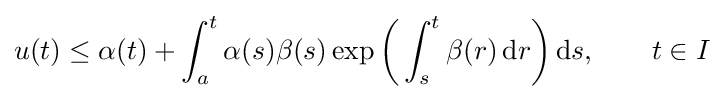
u(t)\leq \alpha (t)+\int _{a}^{t}\alpha (s)\beta (s)\exp {\biggl (}\int _{s}^{t}\beta (r)\,\mathrm {d} r{\biggr )}\,\mathrm {d} s,\qquad t\in I